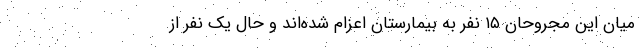
میان این مجروحان ۱۵ نفر به بیمارستان اعزام شده‌اند و حال یک نفر از